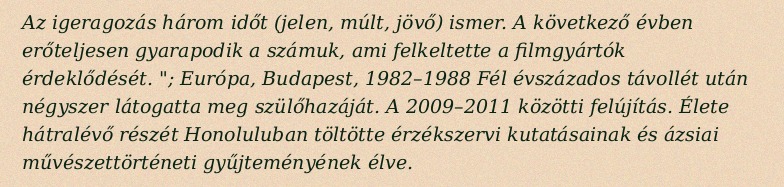
Az igeragozás három időt (jelen, múlt, jövő) ismer. A következő évben erőteljesen gyarapodik a számuk, ami felkeltette a filmgyártók érdeklődését. "; Európa, Budapest, 1982–1988 Fél évszázados távollét után négyszer látogatta meg szülőhazáját. A 2009–2011 közötti felújítás. Élete hátralévő részét Honoluluban töltötte érzékszervi kutatásainak és ázsiai művészettörténeti gyűjteményének élve.